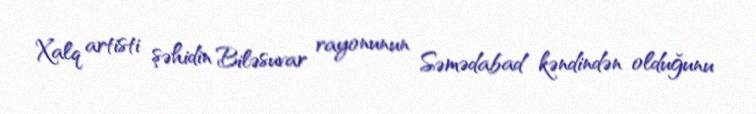
Xalq artisti şəhidin Biləsuvar rayonunun Səmədabad kəndindən olduğunu